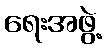
ရေးအဖွဲ့